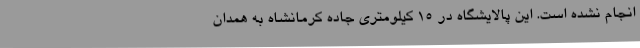
انجام نشده است. این پالایشگاه در 15 کیلومتری جاده کرمانشاه به همدان